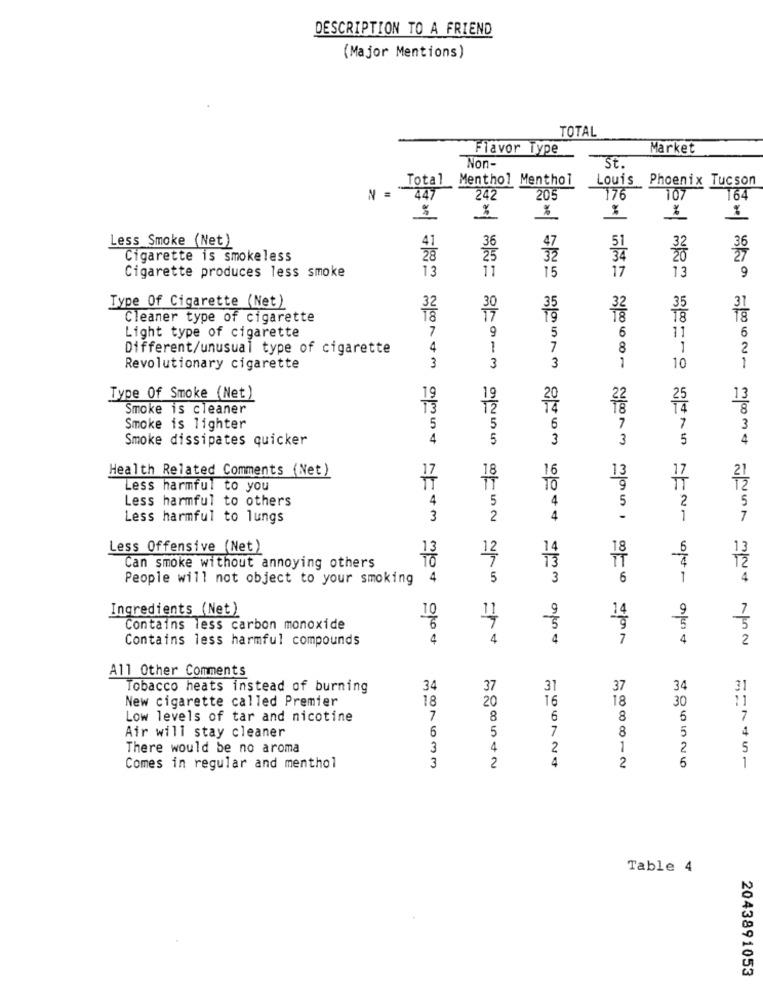
DESCRIPTION TO A FRIEND
(Major Mentions)
TOTAL
Flavor Type
Market
Non-
St.
Total Menthol Menthol
Louis Phoenix Tucson
447
N
242
205
176
107
164
%
%
%
Less Smoke (Net)
36
25
51
32
Cigarette is smokeless
34
13
11
15
17
Cigarette produces less smoke
13
9
Type Of Cigarette (Net)
32
30
Cleaner type of cigarette
32
7
9
Light type of cigarette
5
6
11
6
Different/unusual type of cigarette
4
1
7
8
1
2
Revolutionary cigarette
3
3
3
1
10
1
Type Of Smoke (Net)
19
13
Smoke is cleaner
13
72
25
8
Smoke is lighter
5
5
6
7
7
3
Smoke dissipates quicker
4
5
3
3
5
4
Health Related Comments (Net)
16
Less harmful to you
TO
Less harmful to others
4
5
4
5
2
5
Less harmful to lungs
3
2
4
-
1
7
Less Offensive (Net)
14
6
12
13
12
Can smoke without annoying others
People will not object to your smoking
4
5
3
6
1
4
Ingredients (Net)
10
9
2
14
Contains less carbon monoxide
Contains less harmful compounds
4
4
4
7
4
2
All Other Comments
Tobacco heats instead of burning
34
37
31
37
34
31
New cigarette called Premier
18
20
16
18
30
11
Low levels of tar and nicotine
7
8
6
8
5
7
6
5
7
8
4
Air will stay cleaner
5
There would be no aroma
3
4
2
1
2
5
3
4
5
Comes in regular and menthol
2
2
1
Table 4
2043891053